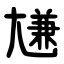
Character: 尲